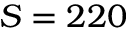
S = 2 2 0